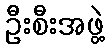
ဦးစီးအဖွဲ့